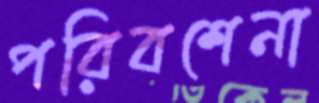
পরিবশেনা